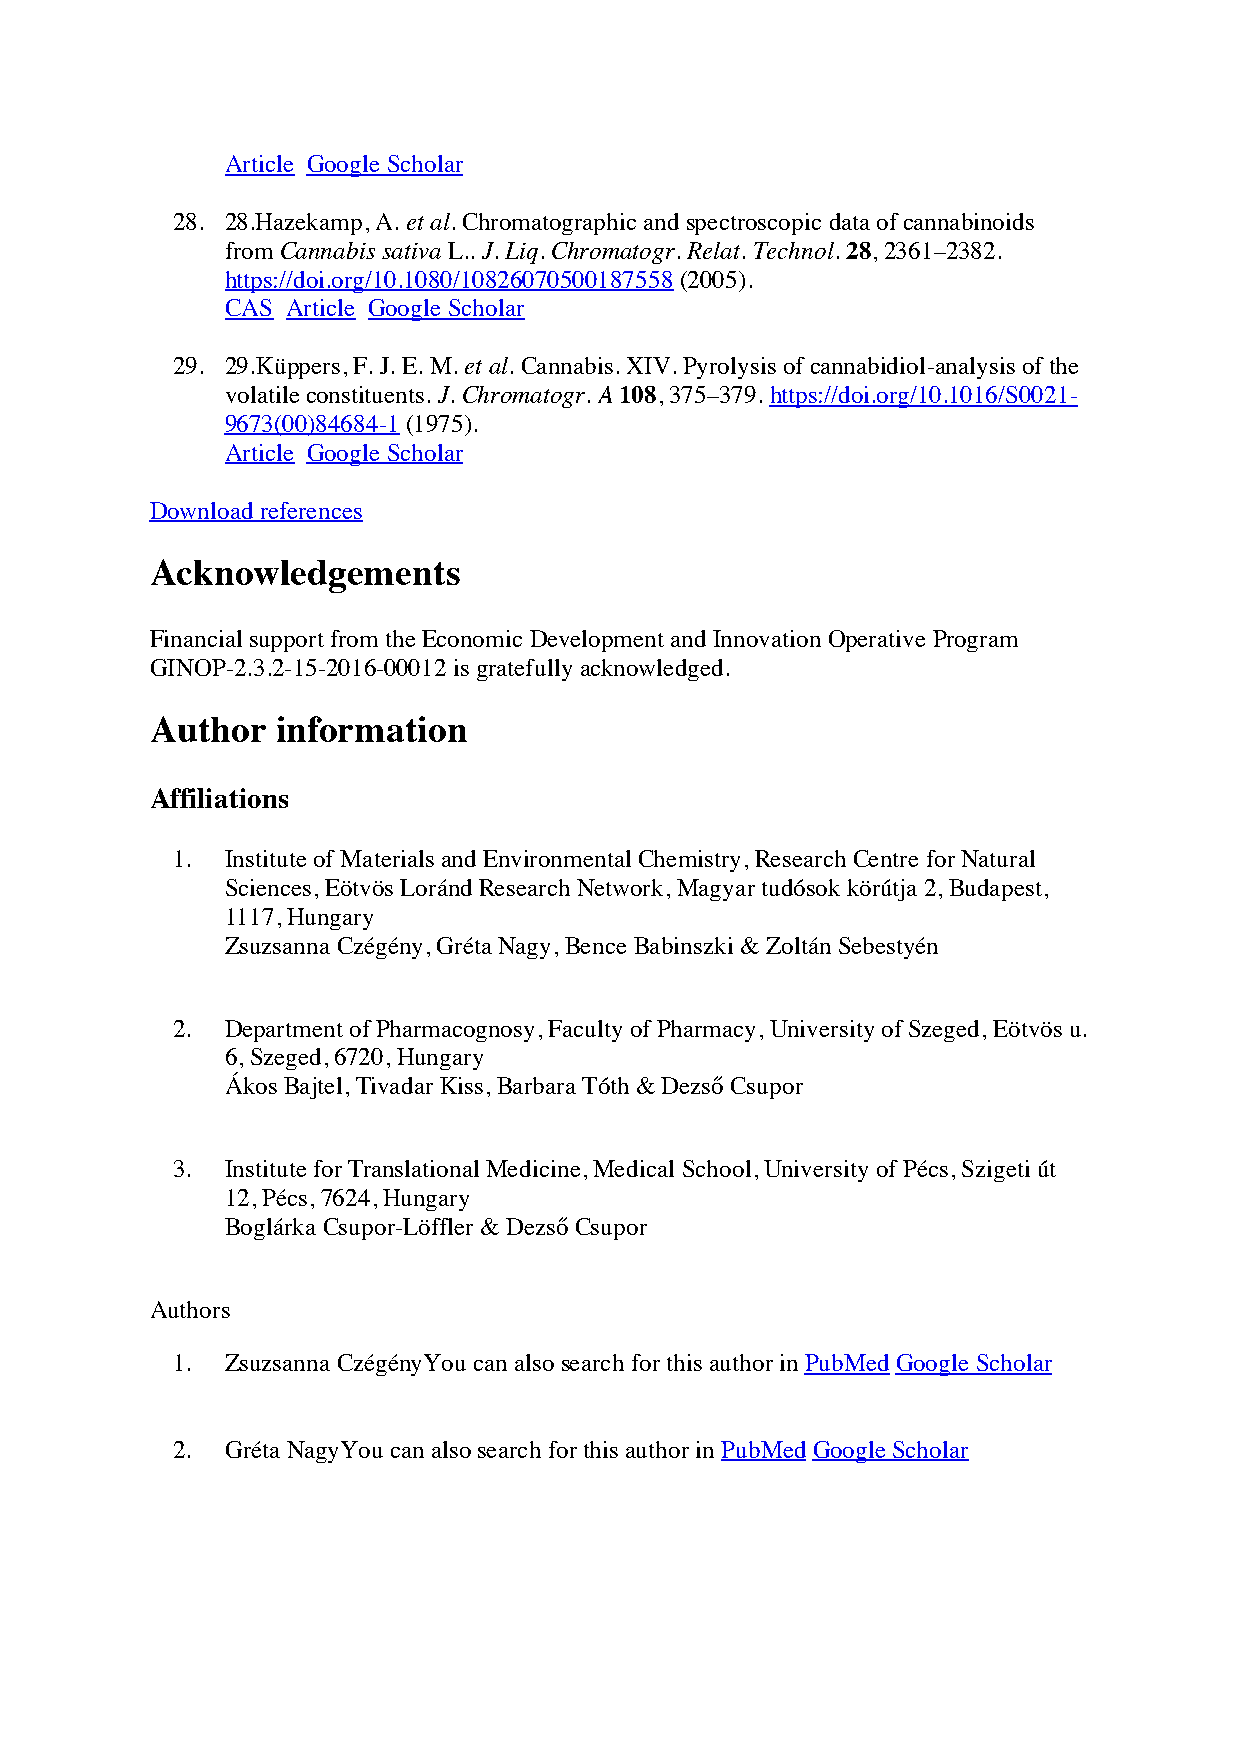
Article Google Scholar
 28. 28.Hazekamp, A. et al. Chromatographic and spectroscopic data of cannabinoids
 from Cannabis sativa L.. J. Liq. Chromatogr. Relat. Technol. 28, 2361–2382.
 https://doi.org/10.1080/10826070500187558 (2005).
 CAS Article Google Scholar
 29. 29.Küppers, F. J. E. M. et al. Cannabis. XIV. Pyrolysis of cannabidiol-analysis of the
 volatile constituents. J. Chromatogr. A 108, 375–379. https://doi.org/10.1016/S0021-
 9673(00)84684-1 (1975).
 Article Google Scholar
 Download references
 Acknowledgements
 Financial support from the Economic Development and Innovation Operative Program
 GINOP-2.3.2-15-2016-00012 is gratefully acknowledged.
 Author  information
 Affiliations
 1.  Institute of Materials and Environmental Chemistry, Research Centre for Natural
 Sciences, Eötvös Loránd Research Network, Magyar tudósok körútja 2, Budapest,
 1117, Hungary
 Zsuzsanna Czégény, Gréta Nagy, Bence Babinszki & Zoltán Sebestyén
 2.  Department of Pharmacognosy, Faculty of Pharmacy, University of Szeged, Eötvös u.
 6, Szeged, 6720, Hungary
 Ákos Bajtel, Tivadar Kiss, Barbara Tóth & Dezső Csupor
 3.  Institute for Translational Medicine, Medical School, University of Pécs, Szigeti út
 12, Pécs, 7624, Hungary
 Boglárka Csupor-Löffler & Dezső Csupor
 Authors
 1.  Zsuzsanna CzégényYou can also search for this author in PubMed Google Scholar
 2.  Gréta NagyYou can also search for this author in PubMed Google Scholar